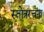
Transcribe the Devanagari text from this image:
स्तोत्ररचना